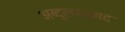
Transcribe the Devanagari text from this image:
अब्दुलस्समद